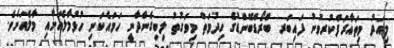
މިއަދު މިތައާރަފްކުރވުނު ފައިބަރ ބްރޯޑްބޭންޑުގެ ހިދުމަތް މިވަގުތު ލިބިގެންދާނީ ހަމައެކަނި ހުޅުމާލެއަށާއި މާލެއަށެވެ.